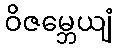
ဝိဇမ္ဘေယျံ